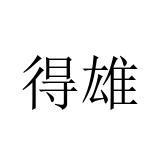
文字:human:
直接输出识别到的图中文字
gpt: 得雄